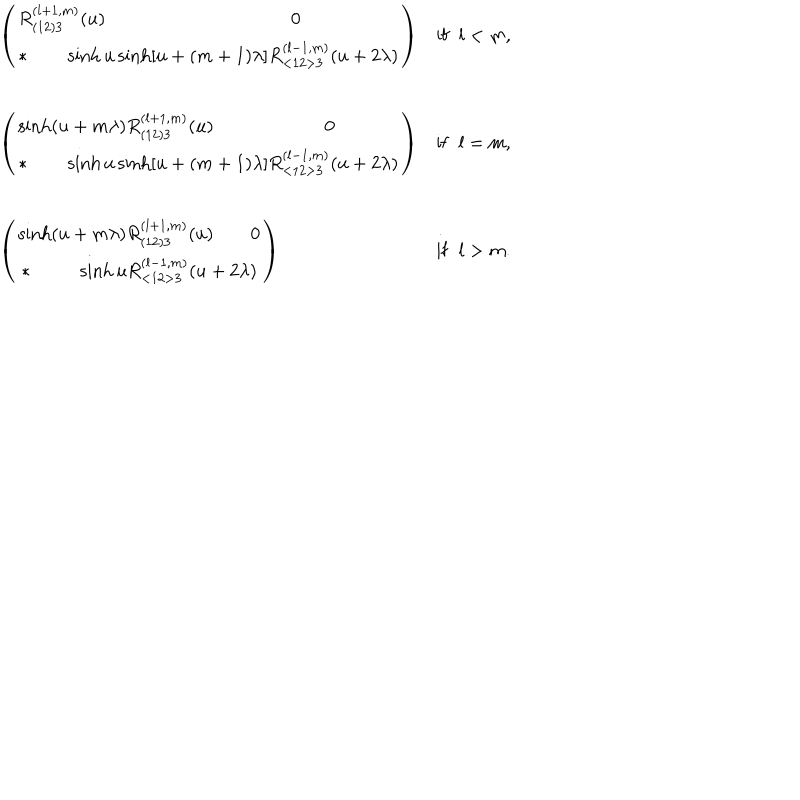
\begin{array} { l l } { { \left( \begin{array} { l } { { R _ { ( 1 2 ) 3 } ^ { ( l + 1 , m ) } ( u ) 0 } } \\ { { { * } \sinh u \sinh [ u + ( m + 1 ) \lambda ] R _ { < 1 2 > 3 } ^ { ( l - 1 , m ) } ( u + 2 \lambda ) } } \\ \end{array} \right) } } & { { \mathrm { i f } \; \; l < m , } } \\ { { \left( \begin{array} { l } { { \sinh ( u + m \lambda ) R _ { ( 1 2 ) 3 } ^ { ( l + 1 , m ) } ( u ) 0 } } \\ { { { * } \sinh u \sinh [ u + ( m + 1 ) \lambda ] R _ { < 1 2 > 3 } ^ { ( l - 1 , m ) } ( u + 2 \lambda ) } } \\ \end{array} \right) } } & { { \mathrm { i f } \; \; l = m , } } \\ { { \left( \begin{array} { c } { { \sinh ( u + m \lambda ) R _ { ( 1 2 ) 3 } ^ { ( l + 1 , m ) } ( u ) 0 } } \\ { { { * } \sinh u R _ { < 1 2 > 3 } ^ { ( l - 1 , m ) } ( u + 2 \lambda ) } } \\ \end{array} \right) } } & { { \mathrm { i f } \; \; l > m . } } \\ \end{array}